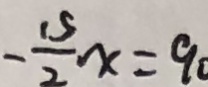
- \frac { 1 5 } { 2 } x = 9 0